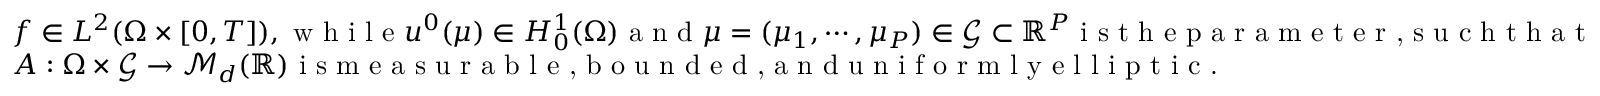
\begin{array} { r l } & { f \in L ^ { 2 } ( \Omega \times [ 0 , T ] ) , \textrm { w h i l e } u ^ { 0 } ( \mu ) \in H _ { 0 } ^ { 1 } ( \Omega ) \textrm { a n d } \mu = ( \mu _ { 1 } , \cdots , \mu _ { P } ) \in \mathcal { G } \subset \mathbb { R } ^ { P } \textrm { i s t h e p a r a m e t e r , s u c h t h a t } } \\ & { A : \Omega \times \mathcal { G } \to \mathcal { M } _ { d } ( \mathbb { R } ) \textrm { i s m e a s u r a b l e , b o u n d e d , a n d u n i f o r m l y e l l i p t i c . } } \end{array}